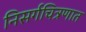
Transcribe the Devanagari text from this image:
निसर्गचित्रणात